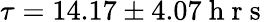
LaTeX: \tau=14.17\pm 4.07\mathrm{~h~r~s~}